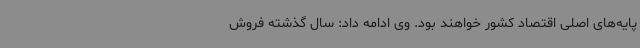
پایه‌های اصلی اقتصاد کشور خواهند بود. وی ادامه داد: سال گذشته فروش